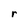
Character: r